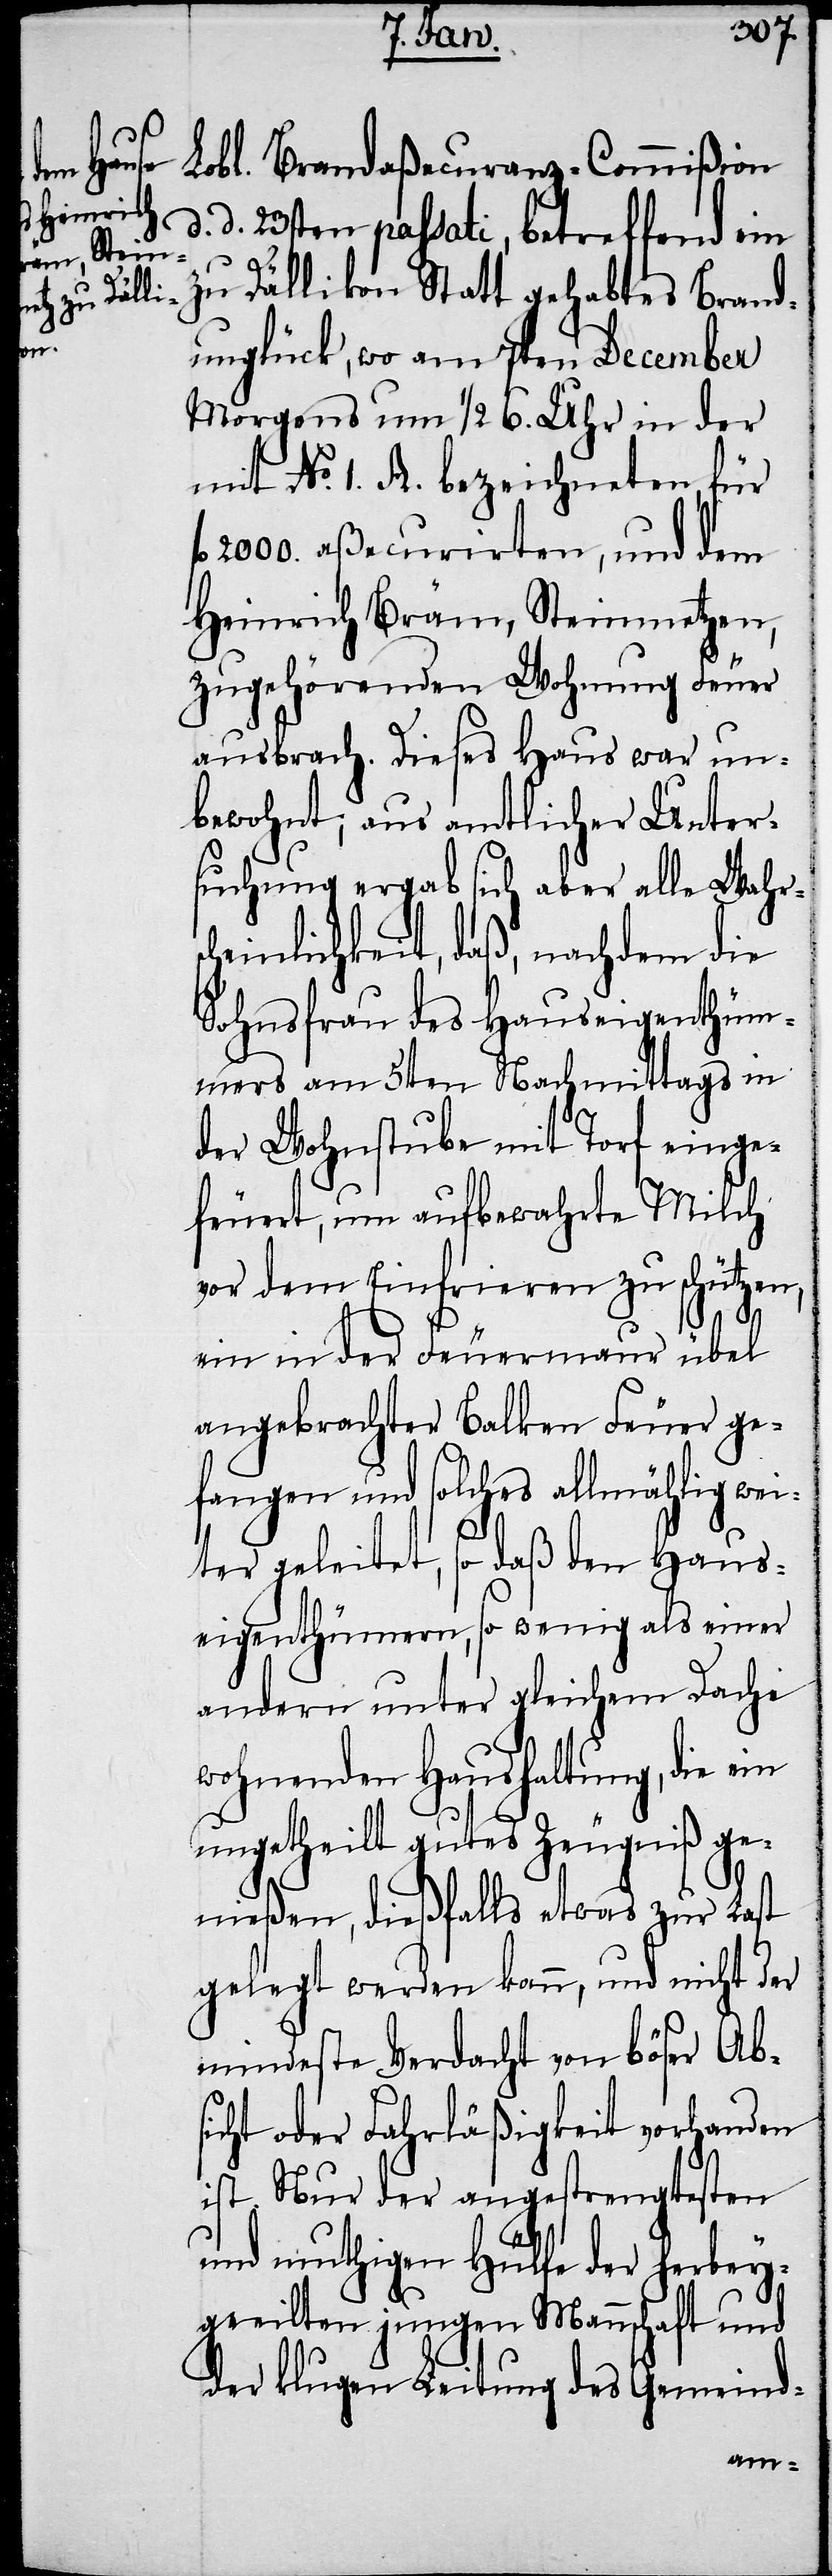
Lobl. Brandaßecuranz-Commißion
d. 23sten passati, betreffend ein
zu Dällikon Statt gehabtes Brand¬
unglück, wo am 7ten December
Morgens um 1/2 6 Uhr in der
mit No. 1. A. bezeichneten, für
2000. aßecurirten, und dem
Heinrich Bräm, Steinmetzen,
zugehörenden Wohnung Feuer
ausbrach. Dieses Haus war un¬
bewohnt; aus amtlicher Unter¬
suchung ergab sich aber alle Wahrs¬
cheinlichkeit, daß, nachdem die
Sohnsfrau des Hauseigenthüm¬
ers am 5ten Nachmittags in
der Wohnstube mit Torf einge¬
feuert, um aufbewahrte Milch
vor dem Einfrieren zu schützen,
d.
ein in der Feuermaur übel
angebrachter Balken Feuer ge¬
fangen und solches allmählig wei¬
ter geleitet, so daß den Haus¬
eigenthümern, so wenig als einer
andern unter gleichem Dache
wohnenden Haushaltung, die ein
ungetheilt gutes Zeugniß ge¬
nießen, dießfalls etwas zur Last
gelegt werden kann, und nicht der
mindeste Verdacht von böser Abs¬
icht oder Fahrläßigkeit vorhanden
ist. Nur der angestrengtesten
und muthigen Hülfe der herbey¬
geeilten jungen Mannschaft und
der klugen Leitung des Gemeind-